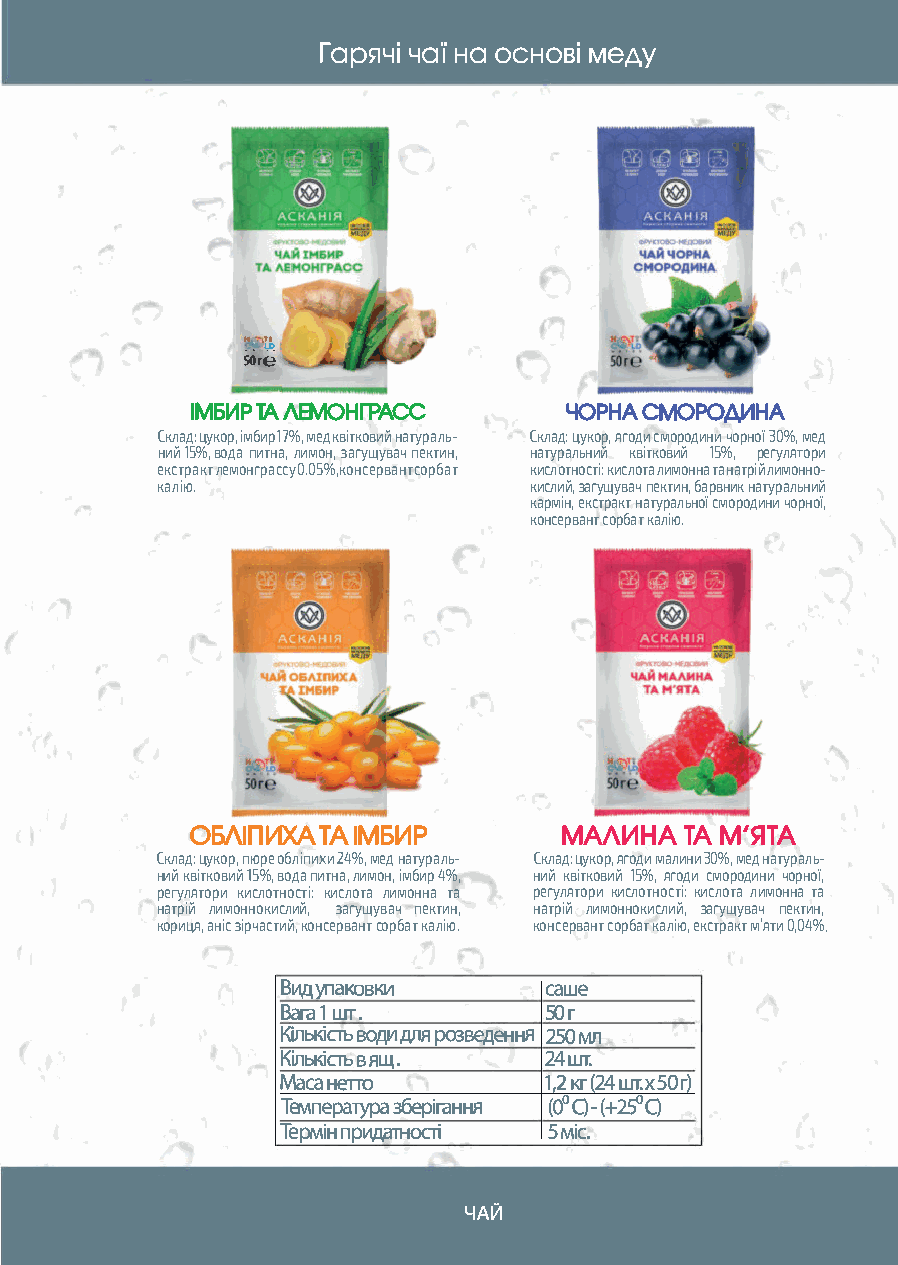
Гарячі чаї на основі меду
 •. п"'
 sorё
 ІМБИР ТАЛЕМОНГРАСС      ЧОРНА СМОРОДИНА
 Склад: цукор, імбир17%, мед квітковий натураль­ Склад: цукор, ягоди смородини чорної 30%, мед
 ний 15%, вода питна, лимон, загущувач пектин, натуральний квітковий 15%, регулятори
 екстракт лемонграссу 0.05%, консервант сорбат кислотності: кислота лимонна та натрій лимонно­
 калію.                   кислий, загущувач пектин, барвник натуральний
 кармін, екстракт натуральної смородини чорної,
 консервант сорбат калію.
 ОБЛІПИХА ТА ІМБИР       МАЛИНА  ТА М'ЯТА
 Склад: цукор, пюре обліпихи 24%, мед натураль­ Склад: цукор, ягоди малини 30%, мед натураль­
 ний квітковий 15%, вода питна, лимон, імбир 4%, ний квітковий 15%, ягоди смородини чорної,
 регулятори кислотності: кислота лимонна та регулятори кислотності: кислота лимонна та
 натрій лимоннокислий, загущувач пектин, натрій лимоннокислий, загущувач пектин,
 кориця, аніс зірчастий, консервант сорбат калію. консервант сорбат калію, екстракт м'яти 0,04%.
 Вид упаковки     саше
 Вага 1 шт.       50г      -
 К�лькіаь води для розведення 250мл
 Кількіаь вящ.    24шт.
 Маса нетто       1,2 кг(24 шт.хSО г)
 Температура зберігання (OOQ-(+250Q
 Термін прида�ності Sміс.
 ЧАЙ